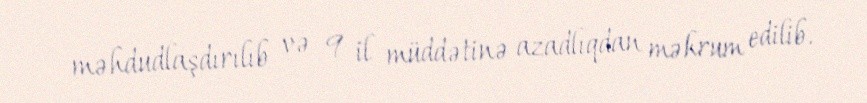
məhdudlaşdırılıb və 9 il müddətinə azadlıqdan məhrum edilib.